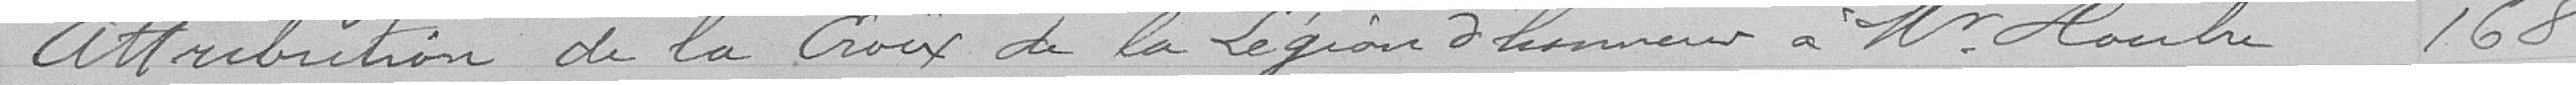
Attribution de la coirs de la Légion d'honneur à monsieur Houbre 168